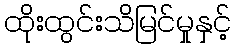
ထိုးထွင်းသိမြင်မှုနှင့်